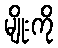
မျိုးကို